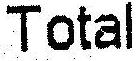
TOTAL